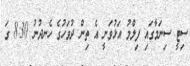
ސިޓީ ސިނަމާގައި ފިލްމު އަޅުވަނީ އެ ތިން ދުވަހުގެ ހެނދުނު 8:30 ގަ